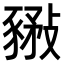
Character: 𧱰